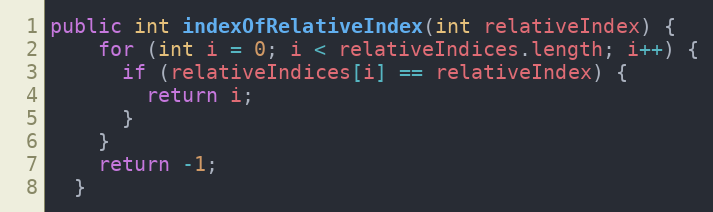
Language: Java
public int indexOfRelativeIndex(int relativeIndex) {
    for (int i = 0; i < relativeIndices.length; i++) {
      if (relativeIndices[i] == relativeIndex) {
        return i;
      }
    }
    return -1;
  }